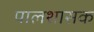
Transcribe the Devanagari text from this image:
पालशासक